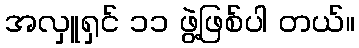
အလှူရှင် ၁၁ ဖွဲ့ဖြစ်ပါ တယ်။